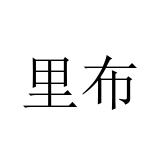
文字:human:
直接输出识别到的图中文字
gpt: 里布